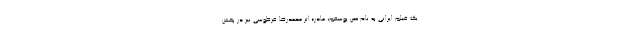
یک فیلم ایرانی به نام «من یوسفم، مادر» اثر محمدرضا فرطوسی نیز در بخش